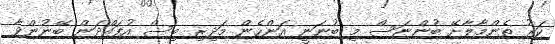
ކަރު ތެންމާލާށޭ ބުންޏަސް މި ބުނަނީ އަންހެން މަދިރި ބިސް އުފައްދަން ބޭނުންވާ